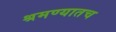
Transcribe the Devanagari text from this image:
श्रमण्यातच